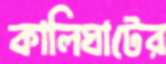
কালিঘাটের